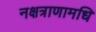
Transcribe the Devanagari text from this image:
नक्षत्राणामधि